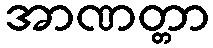
အာဏတ္တာ